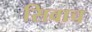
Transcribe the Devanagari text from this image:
सिवाच